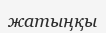
жатыңқы